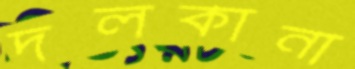
দলকানা